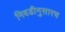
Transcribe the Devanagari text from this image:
निवडीनुसारच